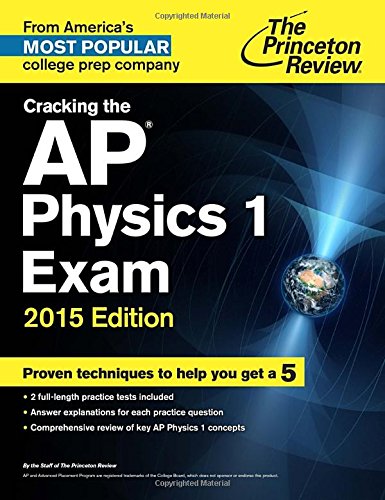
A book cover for Cracking the AP Physics 1 Exam, 2015 Edition (College Test Preparation); Princeton Review; Test Preparation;